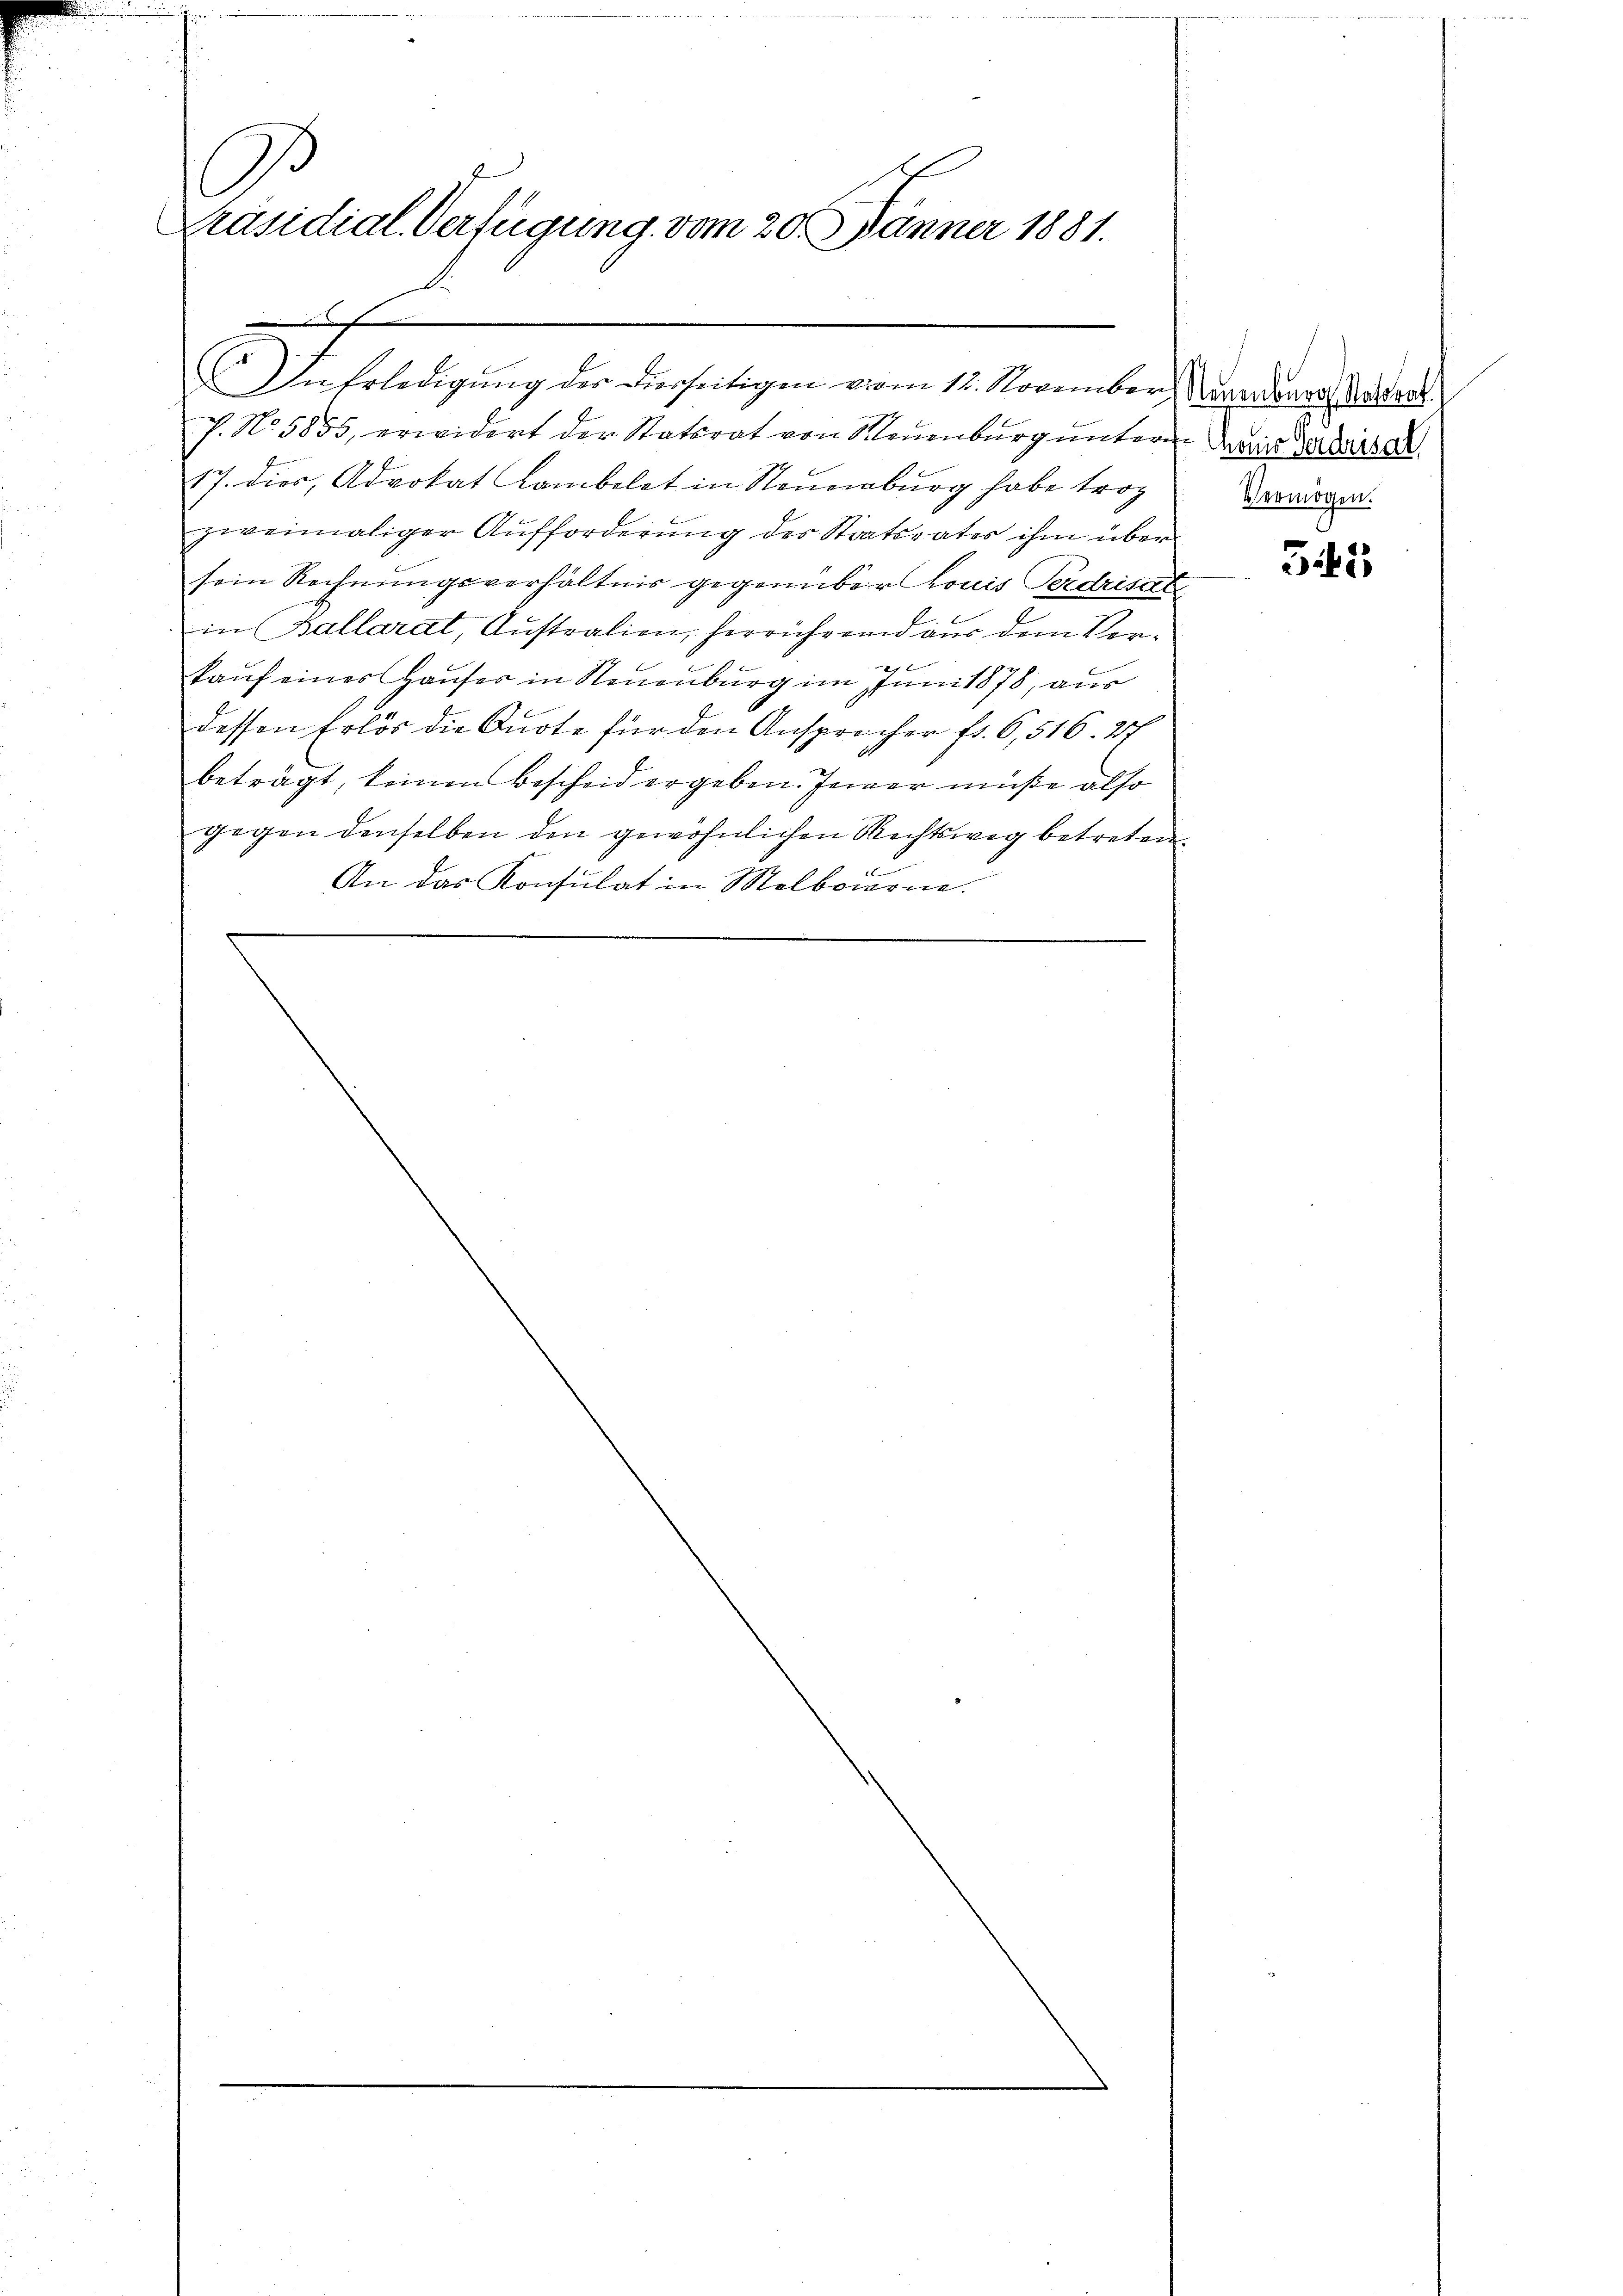
J
C
Präsidial-Verfügung vom 20. Jänner 1881.
A

. No. 5855, erwidert der Statorat von Neuenburg unterm in dersel
17. dies Advokat Lambelet in Neuenburg habe troz
zweimaliger Aufforderung des Staatsrates ihm über
sein Rechnungsverhältnis gegenüber Louis Perdrisat
in Ballarat, Australien, herrührend aus dem Verkaŭf eines Hauses in Neuenburg im Juni 1878, aus
dessen Erlös die Quote für den Ansprecher fr. 6,516. 27
beträgt, keinen Bescheid ergeben. Jener müße also
gegen denselben den gewöhnlichen Rechtsweg betreten.
An das Konsulat in Melboierne.
2

In Erledigung der Dierseitigen vom 12. November andere Austrat

Vermögen.

342